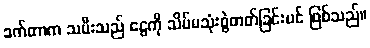
ခက်တာက သမီးသည် ငွေကို သိပ်မသုံးစွဲတတ်ခြင်းပင် ဖြစ်သည်။